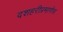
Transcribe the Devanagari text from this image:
दशहरीप्रमाणेच